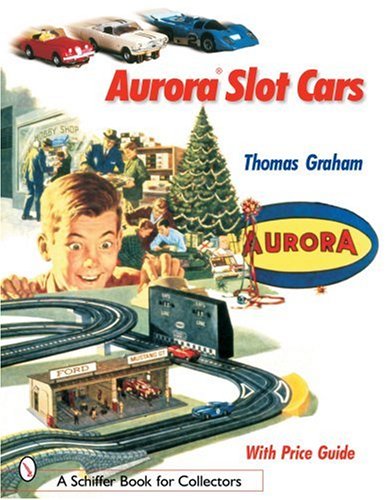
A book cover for Aurora Slot Cars (Schiffer Book for Collectors); Thomas Graham; Engineering & Transportation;